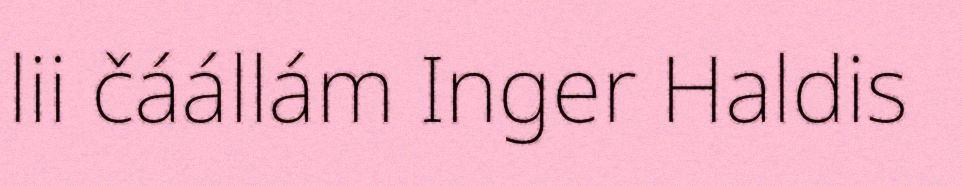
lii čáállám Inger Haldis